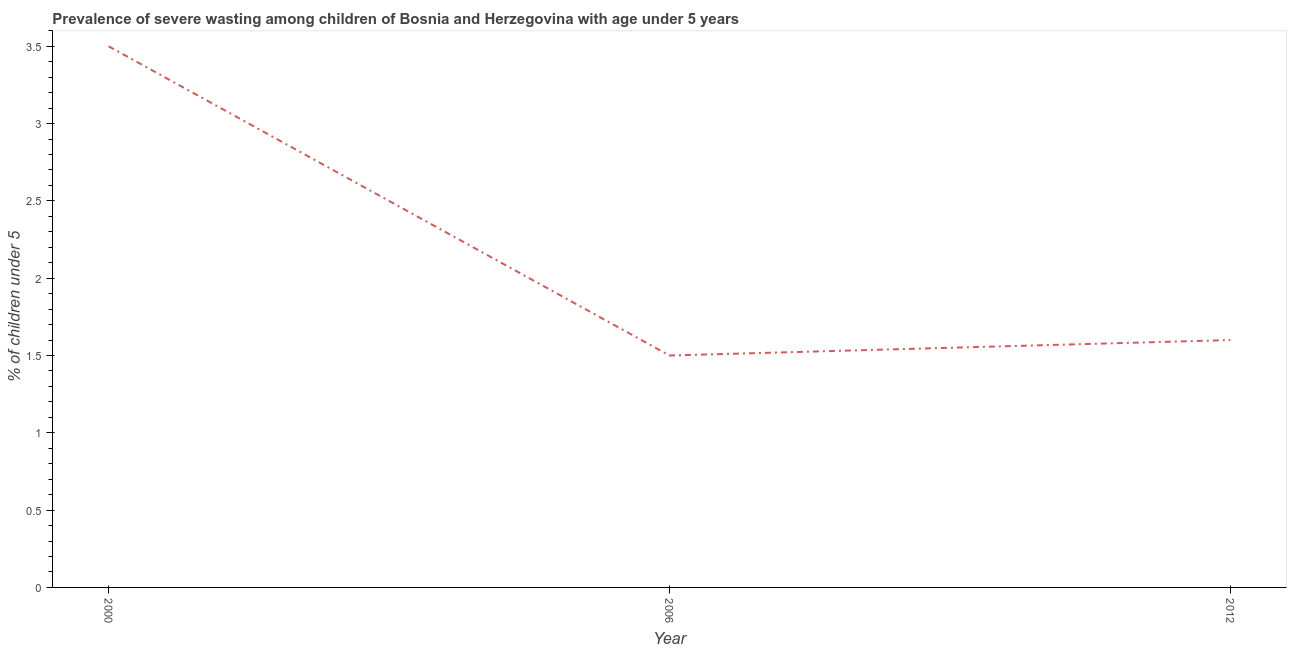
| Year | Prevalence of severe wasting |
 | --- | --- |
 | 2000 | 3.5 |
 | 2006 | 1.5 |
 | 2012 | 1.6 |